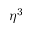
\eta ^ { 3 }